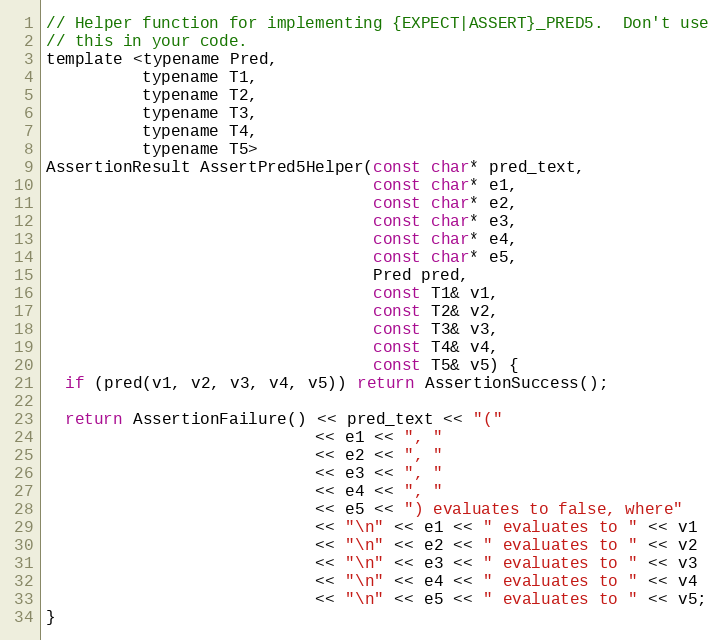
Language: C
// Helper function for implementing {EXPECT|ASSERT}_PRED5.  Don't use
// this in your code.
template <typename Pred,
          typename T1,
          typename T2,
          typename T3,
          typename T4,
          typename T5>
AssertionResult AssertPred5Helper(const char* pred_text,
                                  const char* e1,
                                  const char* e2,
                                  const char* e3,
                                  const char* e4,
                                  const char* e5,
                                  Pred pred,
                                  const T1& v1,
                                  const T2& v2,
                                  const T3& v3,
                                  const T4& v4,
                                  const T5& v5) {
  if (pred(v1, v2, v3, v4, v5)) return AssertionSuccess();

  return AssertionFailure() << pred_text << "("
                            << e1 << ", "
                            << e2 << ", "
                            << e3 << ", "
                            << e4 << ", "
                            << e5 << ") evaluates to false, where"
                            << "\n" << e1 << " evaluates to " << v1
                            << "\n" << e2 << " evaluates to " << v2
                            << "\n" << e3 << " evaluates to " << v3
                            << "\n" << e4 << " evaluates to " << v4
                            << "\n" << e5 << " evaluates to " << v5;
}